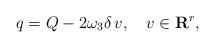
LaTeX: \begin{align*}q=Q-2\omega_3\delta\,v,\quad v\in{\bf R}^r, \end{align*}